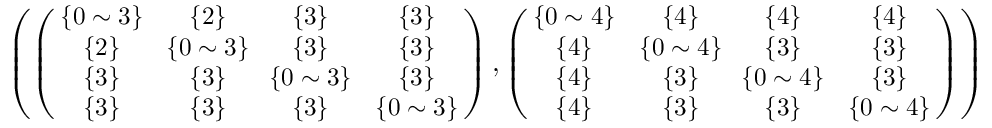
\begin{array} { r } { \small { \left( \left( \! \! \begin{array} { c c c c } { \{ 0 \sim 3 \} } & { \{ 2 \} } & { \{ 3 \} } & { \{ 3 \} } \\ { \{ 2 \} } & { \! \{ 0 \sim 3 \} \! } & { \{ 3 \} } & { \{ 3 \} } \\ { \{ 3 \} } & { \{ 3 \} } & { \! \{ 0 \sim 3 \} \! } & { \{ 3 \} } \\ { \{ 3 \} } & { \{ 3 \} } & { \{ 3 \} } & { \{ 0 \sim 3 \} } \end{array} \! \! \right) , \left( \! \! \begin{array} { c c c c } { \{ 0 \sim 4 \} } & { \{ 4 \} } & { \{ 4 \} } & { \{ 4 \} } \\ { \{ 4 \} } & { \! \{ 0 \sim 4 \} \! } & { \{ 3 \} } & { \{ 3 \} } \\ { \{ 4 \} } & { \{ 3 \} } & { \! \{ 0 \sim 4 \} \! } & { \{ 3 \} } \\ { \{ 4 \} } & { \{ 3 \} } & { \{ 3 \} } & { \{ 0 \sim 4 \} } \end{array} \! \! \right) \right) } } \end{array}